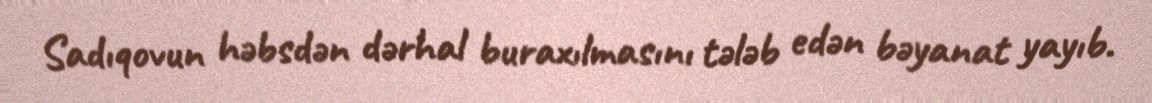
Sadıqovun həbsdən dərhal buraxılmasını tələb edən bəyanat yayıb.